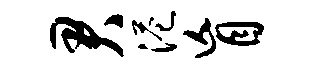
君港盲